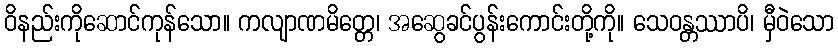
ဝိနည်းကိုဆောင်ကုန်သော။ ကလျာဏမိတ္တေ၊ အဆွေခင်ပွန်းကောင်းတို့ကို။ သေဝန္တဿာပိ၊ မှီဝဲသော